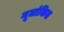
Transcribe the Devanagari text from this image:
मूतांकित